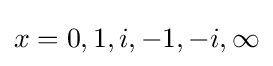
x=0,1,i,-1,-i,\infty